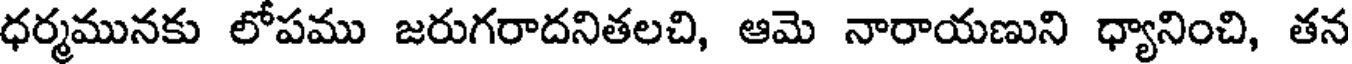
ధర్మమునకు లోపము జరుగరాదనితలచి, ఆమె నారాయణుని ధ్యానించి, తన